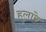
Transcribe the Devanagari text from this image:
हुलारे